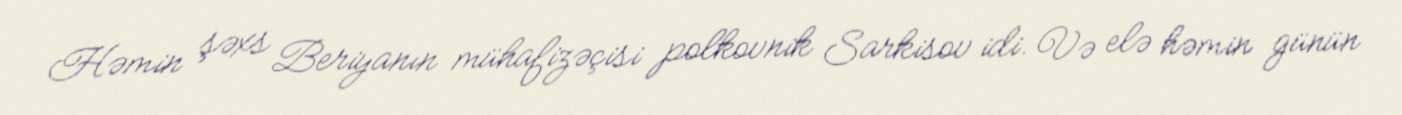
Həmin şəxs Beriyanın mühafizəçisi polkovnik Sarkisov idi. Və elə həmin günün